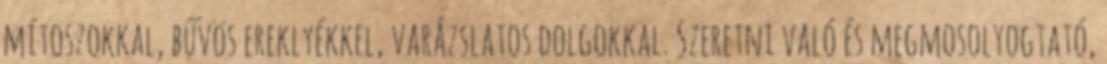
mítoszokkal, bűvös ereklyékkel, varázslatos dolgokkal. Szeretni való és megmosolyogtató,